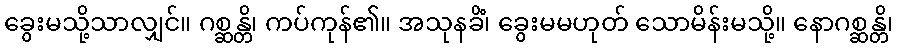
ခွေးမသို့သာလျှင်။ ဂစ္ဆန္တိ၊ ကပ်ကုန်၏။ အသုနခိံ၊ ခွေးမမဟုတ် သောမိန်းမသို့။ နောဂစ္ဆန္တိ၊